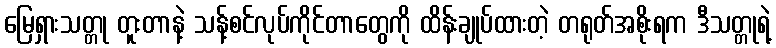
မြေရှားသတ္တု တူးတာနဲ့ သန့်စင်လုပ်ကိုင်တာတွေကို ထိန်းချုပ်ထားတဲ့ တရုတ်အစိုးရက ဒီသတ္တုရဲ့